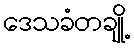
ဒေသခံတချို့